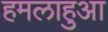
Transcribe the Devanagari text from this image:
हमलाहुआ